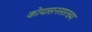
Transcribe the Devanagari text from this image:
कोयासनसारख्या